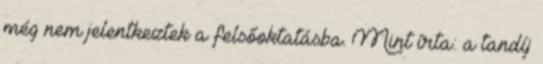
még nem jelentkeztek a felsőoktatásba. Mint írta: a tandíj